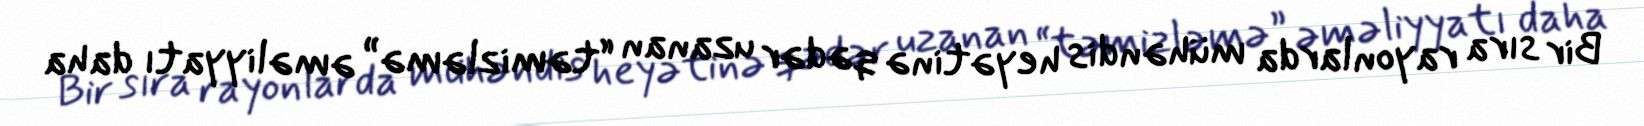
Bir sıra rayonlarda mühəndis heyətinə qədər uzanan “təmizləmə” əməliyyatı daha